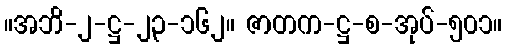
။အဘိ-၂-ဋ္ဌ-၂၃-၁၆၂။ ဇာတက-ဋ္ဌ-စ-အုပ်-၅၀၁။